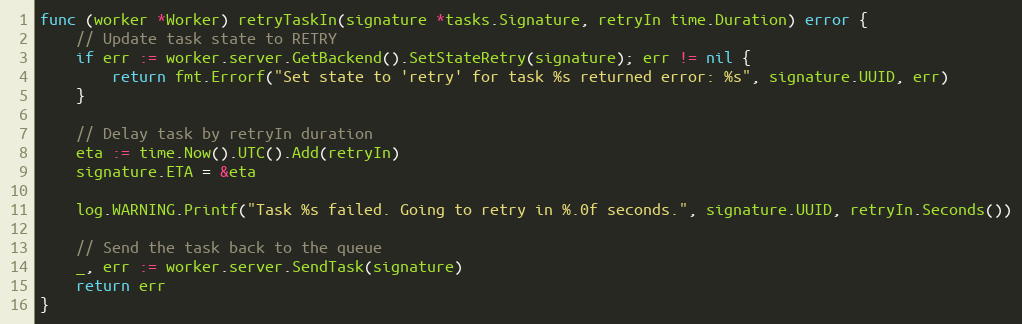
Language: Go
func (worker *Worker) retryTaskIn(signature *tasks.Signature, retryIn time.Duration) error {
	// Update task state to RETRY
	if err := worker.server.GetBackend().SetStateRetry(signature); err != nil {
		return fmt.Errorf("Set state to 'retry' for task %s returned error: %s", signature.UUID, err)
	}

	// Delay task by retryIn duration
	eta := time.Now().UTC().Add(retryIn)
	signature.ETA = &eta

	log.WARNING.Printf("Task %s failed. Going to retry in %.0f seconds.", signature.UUID, retryIn.Seconds())

	// Send the task back to the queue
	_, err := worker.server.SendTask(signature)
	return err
}